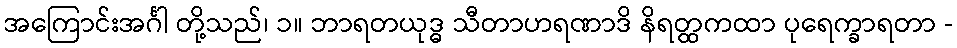
အကြောင်းအင်္ဂါ တို့သည်၊ ၁။ ဘာရတယုဒ္ဓ သီတာဟရဏာဒိ နိရတ္ထကထာ ပုရေက္ခာရတာ -